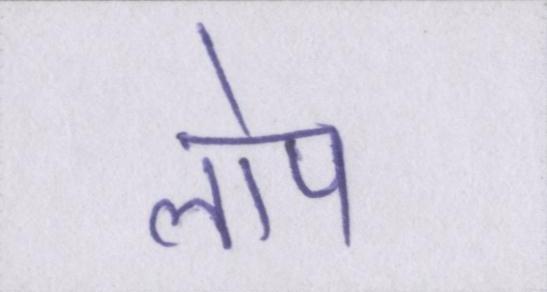
लोप